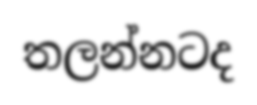
තලන්නටද